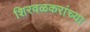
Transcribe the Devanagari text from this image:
शिरवळकरांच्या